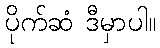
ပိုက်ဆံ ဒီမှာပါ။